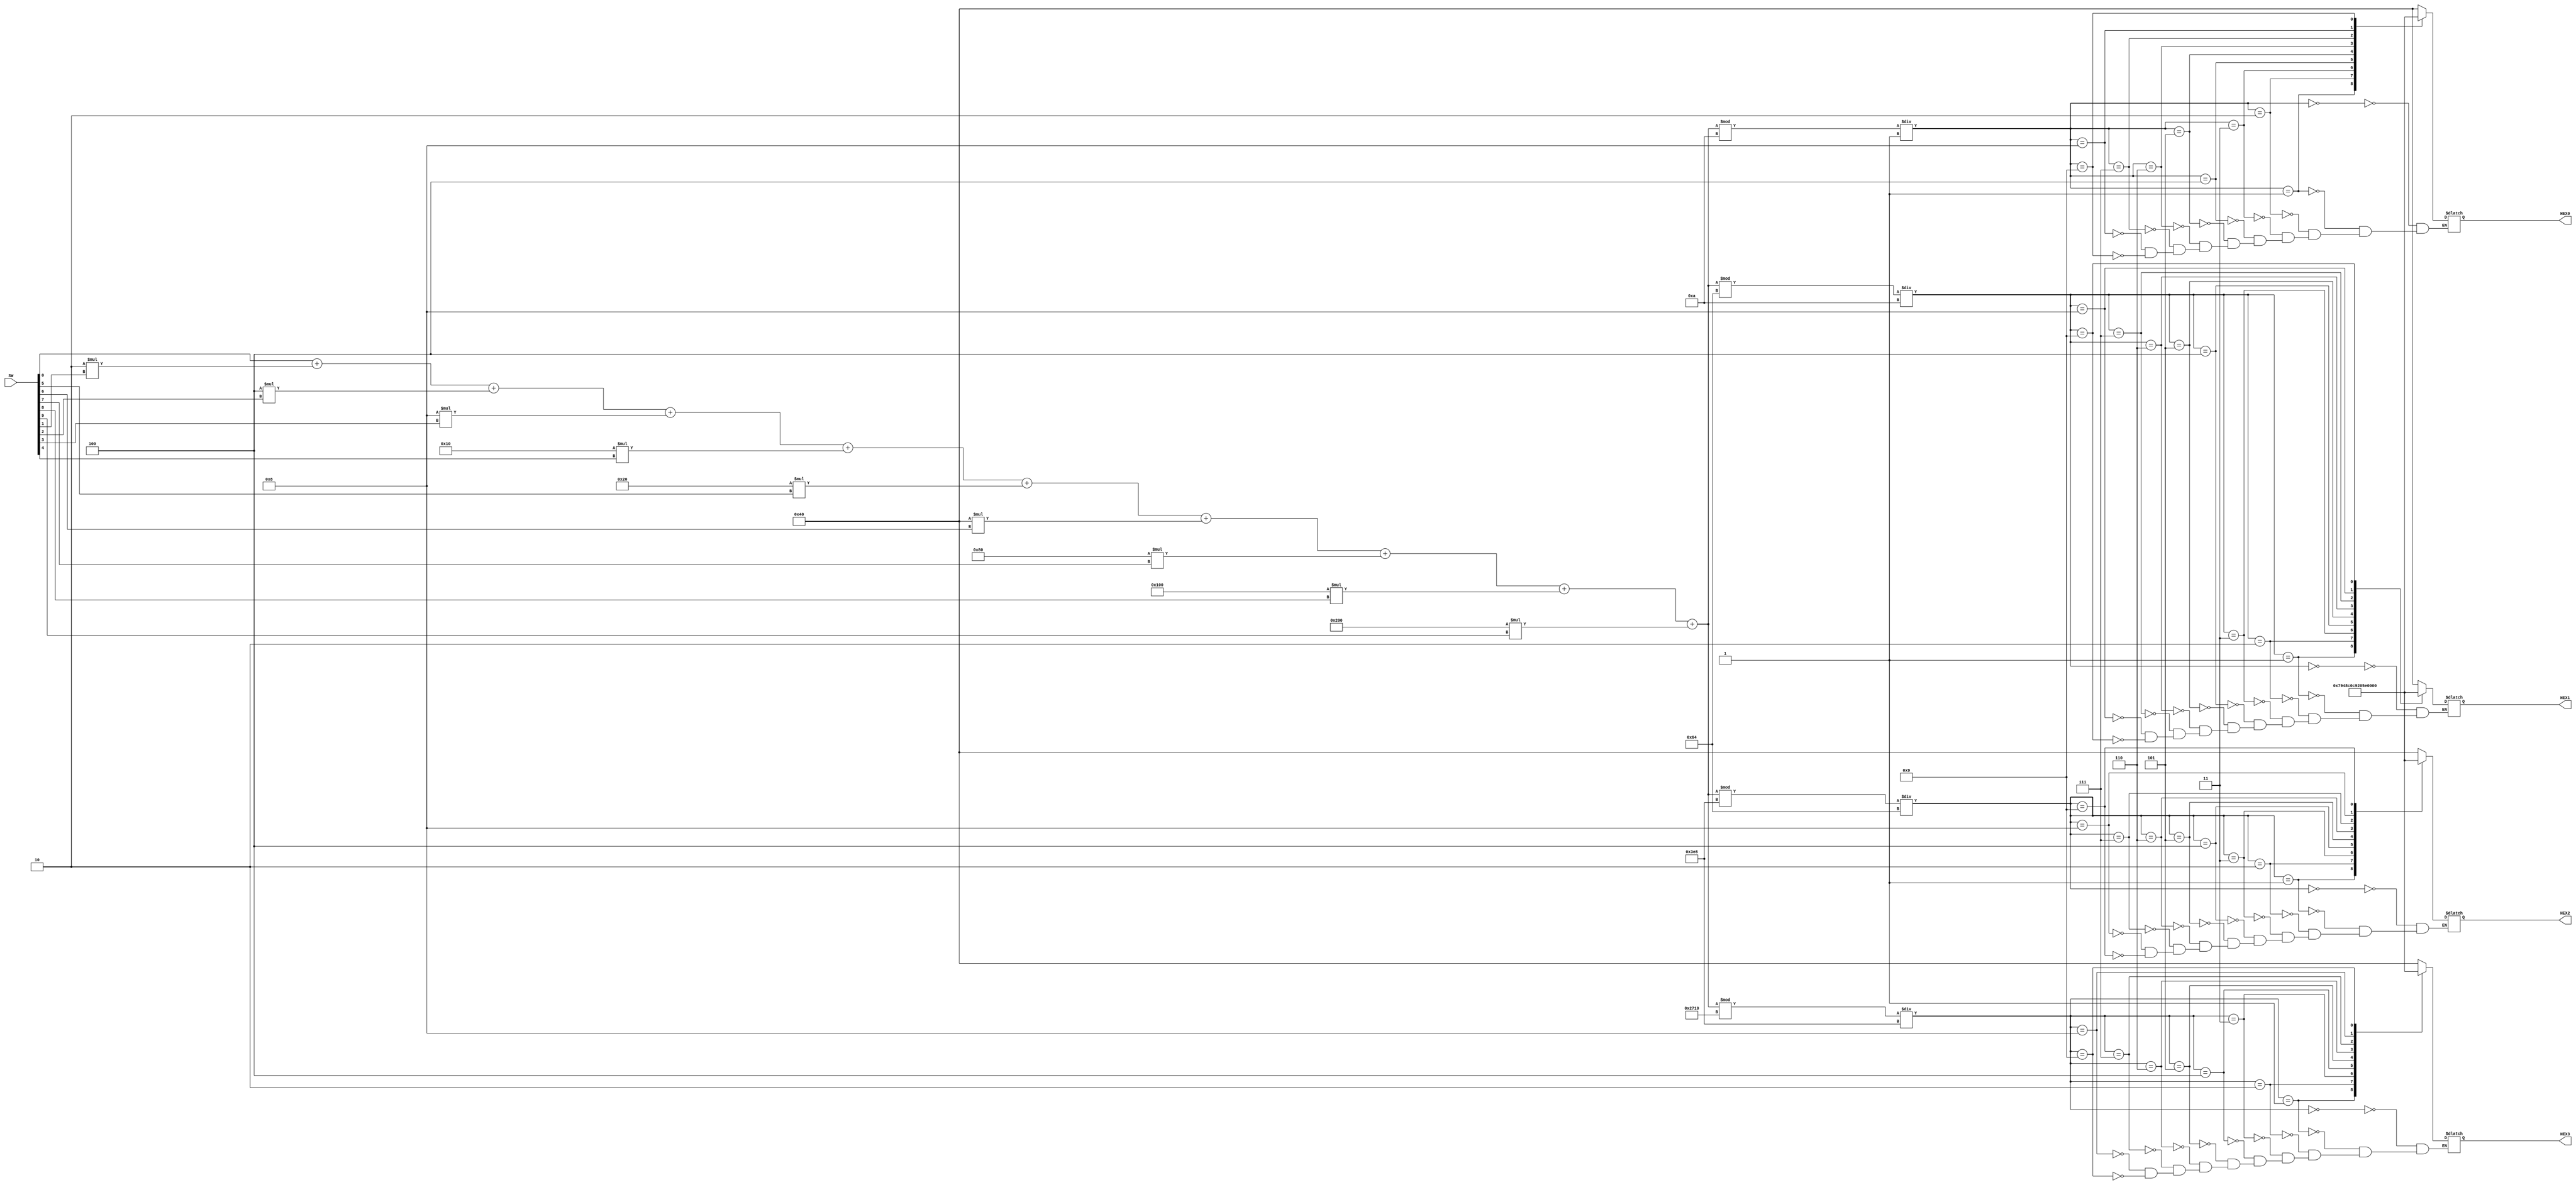

//=======================================================
//  This code is generated by Terasic System Builder
//=======================================================

module Display7Seg(
	//////////// SW //////////
	input            [9:0]		SW,

	//////////// SEG7 //////////
	output reg 		  [6:0]		HEX0,
	output reg 		  [6:0]		HEX1,
	output reg 		  [6:0]		HEX2,
	output reg 		  [6:0]		HEX3
);


//=======================================================
//  REG/WIRE declarations
//=======================================================

reg [10:0] num;

//=======================================================
//  Structural coding
//=======================================================
integer index, digit;

	always @(SW[0], SW[1], SW[2], SW[3], SW[4], SW[5], SW[6], SW[7], SW[8], SW[9]) begin
		// convert switch binary code to decimal
		num = SW[0] + (2*SW[1]) + (4*SW[2]) + (8*SW[3]) + (16*SW[4]) + (32*SW[5]) + (64*SW[6]) + (128*SW[7]) + (256*SW[8]) + (512*SW[9]);
		
		// update each 7seg display from most significant to least significant
		for(index = 0; index < 4; index = index + 1) begin
			digit = (num % (10**(index+1)))/(10**index);
			
			case(digit)
				0: case(index)
					0: HEX0 <= 7'b1000000;
					1: HEX1 <= 7'b1000000;
					2: HEX2 <= 7'b1000000;
					3: HEX3 <= 7'b1000000;
					endcase
				1: case(index)
					0: HEX0 <= 7'b1111001;
					1: HEX1 <= 7'b1111001;
					2: HEX2 <= 7'b1111001;
					3: HEX3 <= 7'b1111001;
					endcase
				2: case(index)
					0: HEX0 <= 7'b0100100;
					1: HEX1 <= 7'b0100100;
					2: HEX2 <= 7'b0100100;
					3: HEX3 <= 7'b0100100;
					endcase
				3: case(index)
					0: HEX0 <= 7'b0110000;
					1: HEX1 <= 7'b0110000;
					2: HEX2 <= 7'b0110000;
					3: HEX3 <= 7'b0110000;
					endcase
				4: case(index)
					0: HEX0 <= 7'b0011001;
					1: HEX1 <= 7'b0011001;
					2: HEX2 <= 7'b0011001;
					3: HEX3 <= 7'b0011001;
					endcase
				5: case(index)
					0: HEX0 <= 7'b0010010;
					1: HEX1 <= 7'b0010010;
					2: HEX2 <= 7'b0010010;
					3: HEX3 <= 7'b0010010;
					endcase
				6: case(index)
					0: HEX0 <= 7'b0000010;
					1: HEX1 <= 7'b0000010;
					2: HEX2 <= 7'b0000010;
					3: HEX3 <= 7'b0000010;
					endcase
				7: case(index)
					0: HEX0 <= 7'b1111000;
					1: HEX1 <= 7'b1111000;
					2: HEX2 <= 7'b1111000;
					3: HEX3 <= 7'b1111000;
					endcase
				8: case(index)
					0: HEX0 <= 7'b0000000;
					1: HEX1 <= 7'b0000000;
					2: HEX2 <= 7'b0000000;
					3: HEX3 <= 7'b0000000;
					endcase
				9: case(index)
					0: HEX0 <= 7'b0011000;
					1: HEX1 <= 7'b0011000;
					2: HEX2 <= 7'b0011000;
					3: HEX3 <= 7'b0011000;
					endcase
			endcase
		end
	end
endmodule